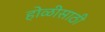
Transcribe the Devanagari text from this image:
होळीसाठी